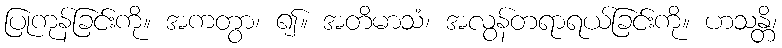
ပြုကုန်ခြင်းကို။ အကတွာ၊ ၍။ အတိမာသံ၊ အလွန်တရာရယ်ခြင်းကို။ ဟသန္တိ၊